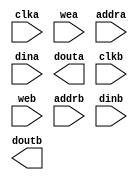
module blk_mem_gen_v7_2(
  clka,
  wea,
  addra,
  dina,
  douta,
  clkb,
  web,
  addrb,
  dinb,
  doutb
);

input clka;
input [0 : 0] wea;
input [9 : 0] addra;
input [31 : 0] dina;
output [31 : 0] douta;
input clkb;
input [0 : 0] web;
input [9 : 0] addrb;
input [31 : 0] dinb;
output [31 : 0] doutb;

// synthesis translate_off

  BLK_MEM_GEN_V7_2 #(
    .C_ADDRA_WIDTH(10),
    .C_ADDRB_WIDTH(10),
    .C_ALGORITHM(1),
    .C_AXI_ID_WIDTH(4),
    .C_AXI_SLAVE_TYPE(0),
    .C_AXI_TYPE(1),
    .C_BYTE_SIZE(9),
    .C_COMMON_CLK(1),
    .C_DEFAULT_DATA("0"),
    .C_DISABLE_WARN_BHV_COLL(0),
    .C_DISABLE_WARN_BHV_RANGE(0),
    .C_ENABLE_32BIT_ADDRESS(0),
    .C_FAMILY("virtex7"),
    .C_HAS_AXI_ID(0),
    .C_HAS_ENA(0),
    .C_HAS_ENB(0),
    .C_HAS_INJECTERR(0),
    .C_HAS_MEM_OUTPUT_REGS_A(0),
    .C_HAS_MEM_OUTPUT_REGS_B(0),
    .C_HAS_MUX_OUTPUT_REGS_A(0),
    .C_HAS_MUX_OUTPUT_REGS_B(0),
    .C_HAS_REGCEA(0),
    .C_HAS_REGCEB(0),
    .C_HAS_RSTA(0),
    .C_HAS_RSTB(0),
    .C_HAS_SOFTECC_INPUT_REGS_A(0),
    .C_HAS_SOFTECC_OUTPUT_REGS_B(0),
    .C_INIT_FILE_NAME("blk_mem_gen_v7_2.mif"),
    .C_INITA_VAL("0"),
    .C_INITB_VAL("0"),
    .C_INTERFACE_TYPE(0),
    .C_LOAD_INIT_FILE(1),
    .C_MEM_TYPE(2),
    .C_MUX_PIPELINE_STAGES(0),
    .C_PRIM_TYPE(1),
    .C_READ_DEPTH_A(1024),
    .C_READ_DEPTH_B(1024),
    .C_READ_WIDTH_A(32),
    .C_READ_WIDTH_B(32),
    .C_RST_PRIORITY_A("CE"),
    .C_RST_PRIORITY_B("CE"),
    .C_RST_TYPE("SYNC"),
    .C_RSTRAM_A(0),
    .C_RSTRAM_B(0),
    .C_SIM_COLLISION_CHECK("ALL"),
    .C_USE_BYTE_WEA(0),
    .C_USE_BYTE_WEB(0),
    .C_USE_DEFAULT_DATA(0),
    .C_USE_ECC(0),
    .C_USE_SOFTECC(0),
    .C_WEA_WIDTH(1),
    .C_WEB_WIDTH(1),
    .C_WRITE_DEPTH_A(1024),
    .C_WRITE_DEPTH_B(1024),
    .C_WRITE_MODE_A("READ_FIRST"),
    .C_WRITE_MODE_B("READ_FIRST"),
    .C_WRITE_WIDTH_A(32),
    .C_WRITE_WIDTH_B(32),
    .C_XDEVICEFAMILY("virtex7")
  )
  inst (
    .CLKA(clka),
    .WEA(wea),
    .ADDRA(addra),
    .DINA(dina),
    .DOUTA(douta),
    .CLKB(clkb),
    .WEB(web),
    .ADDRB(addrb),
    .DINB(dinb),
    .DOUTB(doutb),
    .RSTA(),
    .ENA(),
    .REGCEA(),
    .RSTB(),
    .ENB(),
    .REGCEB(),
    .INJECTSBITERR(),
    .INJECTDBITERR(),
    .SBITERR(),
    .DBITERR(),
    .RDADDRECC(),
    .S_ACLK(),
    .S_ARESETN(),
    .S_AXI_AWID(),
    .S_AXI_AWADDR(),
    .S_AXI_AWLEN(),
    .S_AXI_AWSIZE(),
    .S_AXI_AWBURST(),
    .S_AXI_AWVALID(),
    .S_AXI_AWREADY(),
    .S_AXI_WDATA(),
    .S_AXI_WSTRB(),
    .S_AXI_WLAST(),
    .S_AXI_WVALID(),
    .S_AXI_WREADY(),
    .S_AXI_BID(),
    .S_AXI_BRESP(),
    .S_AXI_BVALID(),
    .S_AXI_BREADY(),
    .S_AXI_ARID(),
    .S_AXI_ARADDR(),
    .S_AXI_ARLEN(),
    .S_AXI_ARSIZE(),
    .S_AXI_ARBURST(),
    .S_AXI_ARVALID(),
    .S_AXI_ARREADY(),
    .S_AXI_RID(),
    .S_AXI_RDATA(),
    .S_AXI_RRESP(),
    .S_AXI_RLAST(),
    .S_AXI_RVALID(),
    .S_AXI_RREADY(),
    .S_AXI_INJECTSBITERR(),
    .S_AXI_INJECTDBITERR(),
    .S_AXI_SBITERR(),
    .S_AXI_DBITERR(),
    .S_AXI_RDADDRECC()
  );

// synthesis translate_on

endmodule